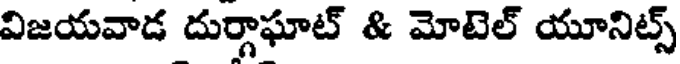
విజయవాడ దుర్గాఘాట్ & మోటెల్ యూనిట్స్